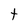
Character: t